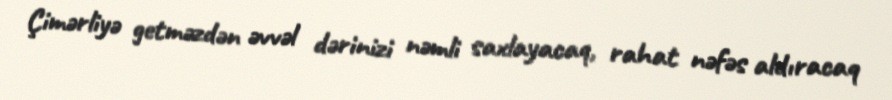
Çimərliyə getməzdən əvvəl dərinizi nəmli saxlayacaq, rahat nəfəs aldıracaq